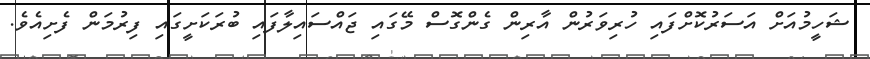
ޝަހީމުއަށް އަސަރުކޮށްފައި ހުރިވަރުން އާރިން ގެންގޮސް މޭގައި ޖައްސައިލާފައި ބުރަކަށީގައި ފިރުމަން ފެށިއެވެ.